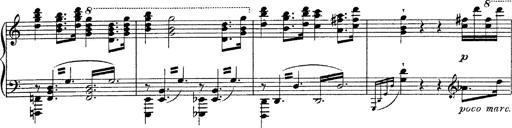
Title: Fantasie Ã¼ber Themen aus Mozarts Figaro und Don Giovanni
Composer: Franz Liszt